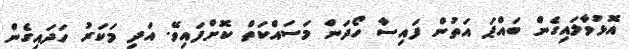
އޮޅުވާލައިގެން ބައްޕަ އަތުން ފައިސާ ހޯދަން މަސައްކަތް ކޮށްފައިވޭ. އަދި މަކަރު ހަދައިގެން